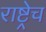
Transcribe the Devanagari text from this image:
राष्ट्रेच